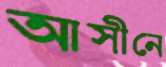
আসীনে